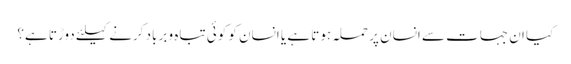
کیا ان جہات سے انسان پر حملہ ہوتا ہے یا انسان کو کوئی تباہ و برباد کرنے کیلئے دوڑتا ہے؟